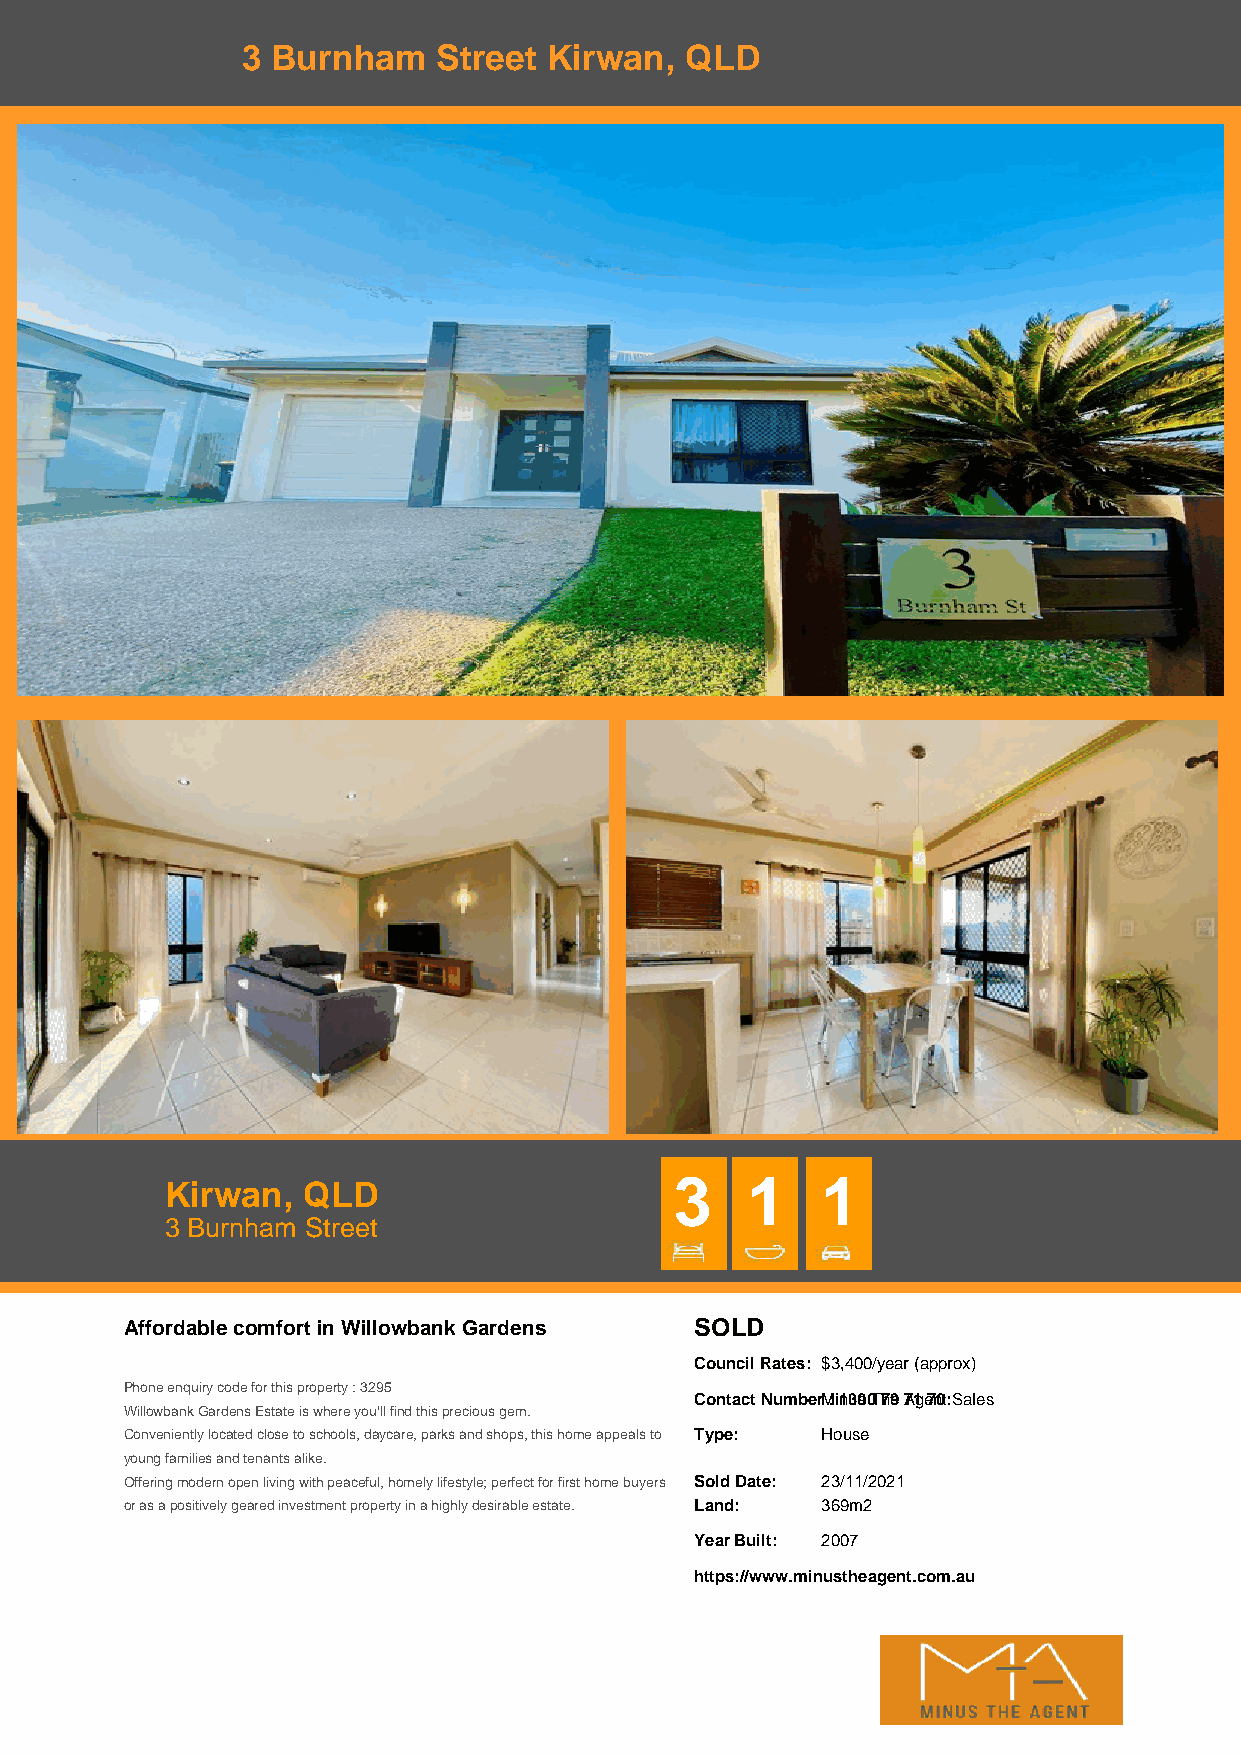
3 Burnham    Street Kirwan,  QLD
 3   1    1
 Kirwan,  QLD
 3 Burnham Street
 Affordable comfort in Willowbank Gardens SOLD
 Council Rates: $3,400/year (approx)
 Phone enquiry code for this property : 3295
 Contact NumberM : i1n3u0s 0T 7h9e 7A1g e7n0t: Sales
 Willowbank Gardens Estate is where you'll find this precious gem.
 Conveniently located close to schools, daycare, parks and shops, this home appeals to Type: House
 young families and tenants alike.
 Offering modern open living with peaceful, homely lifestyle; perfect for first home buyers Sold Date: 23/11/2021
 or as a positively geared investment property in a highly desirable estate. Land: 369m2
 Year Built: 2007
 https://www.minustheagent.com.au